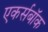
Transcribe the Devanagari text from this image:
एकर्सबॉक